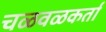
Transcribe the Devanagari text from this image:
चळवळकर्ता